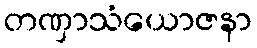
တဏှာသံယောဇနာ